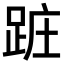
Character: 𨀵